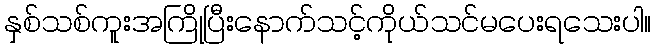
နှစ်သစ်ကူးအကြိုပြီးနောက်သင့်ကိုယ်သင်မပေးရသေးပါ။